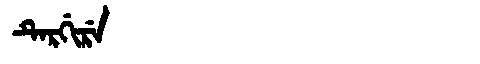
Manchu: ᡨᡝᡵᡤᡳᡵᡝ
Romanization: TERGIRE